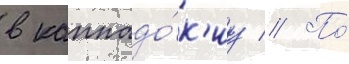
в каппадо́к'иу // По́